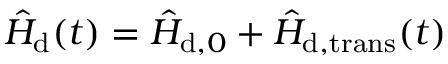
\hat { H } _ { \mathrm { d } } ( t ) = \hat { H } _ { \mathrm { d } , 0 } + \hat { H } _ { \mathrm { d , t r a n s } } ( t )